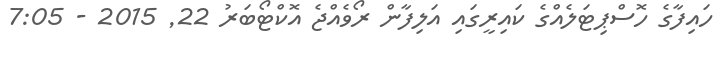
ހައިފާގެ ހޮސްޕިޓަލެއްގެ ކައިރީގައި އަލިފާން ރޯވެއްޖެ އޮކްޓޯބަރު 22